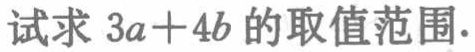
试求 \(3a + 4b\) 的取值范围.